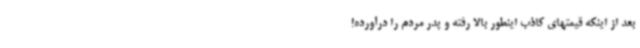
بعد از اینکه قیمتهای کاذب اینطور بالا رفته و پدر مردم را درآورده!